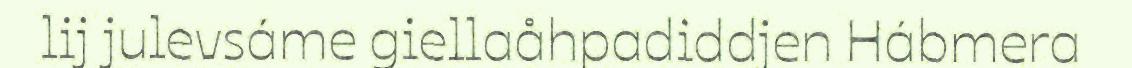
lij julevsáme giellaåhpadiddjen Hábmera